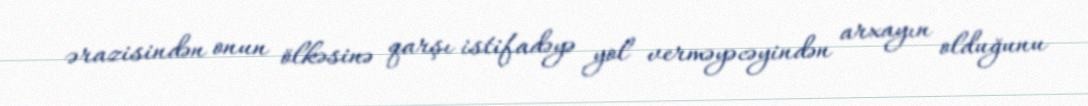
ərazisindən onun ölkəsinə qarşı istifadəyə yol verməyəcəyindən arxayın olduğunu